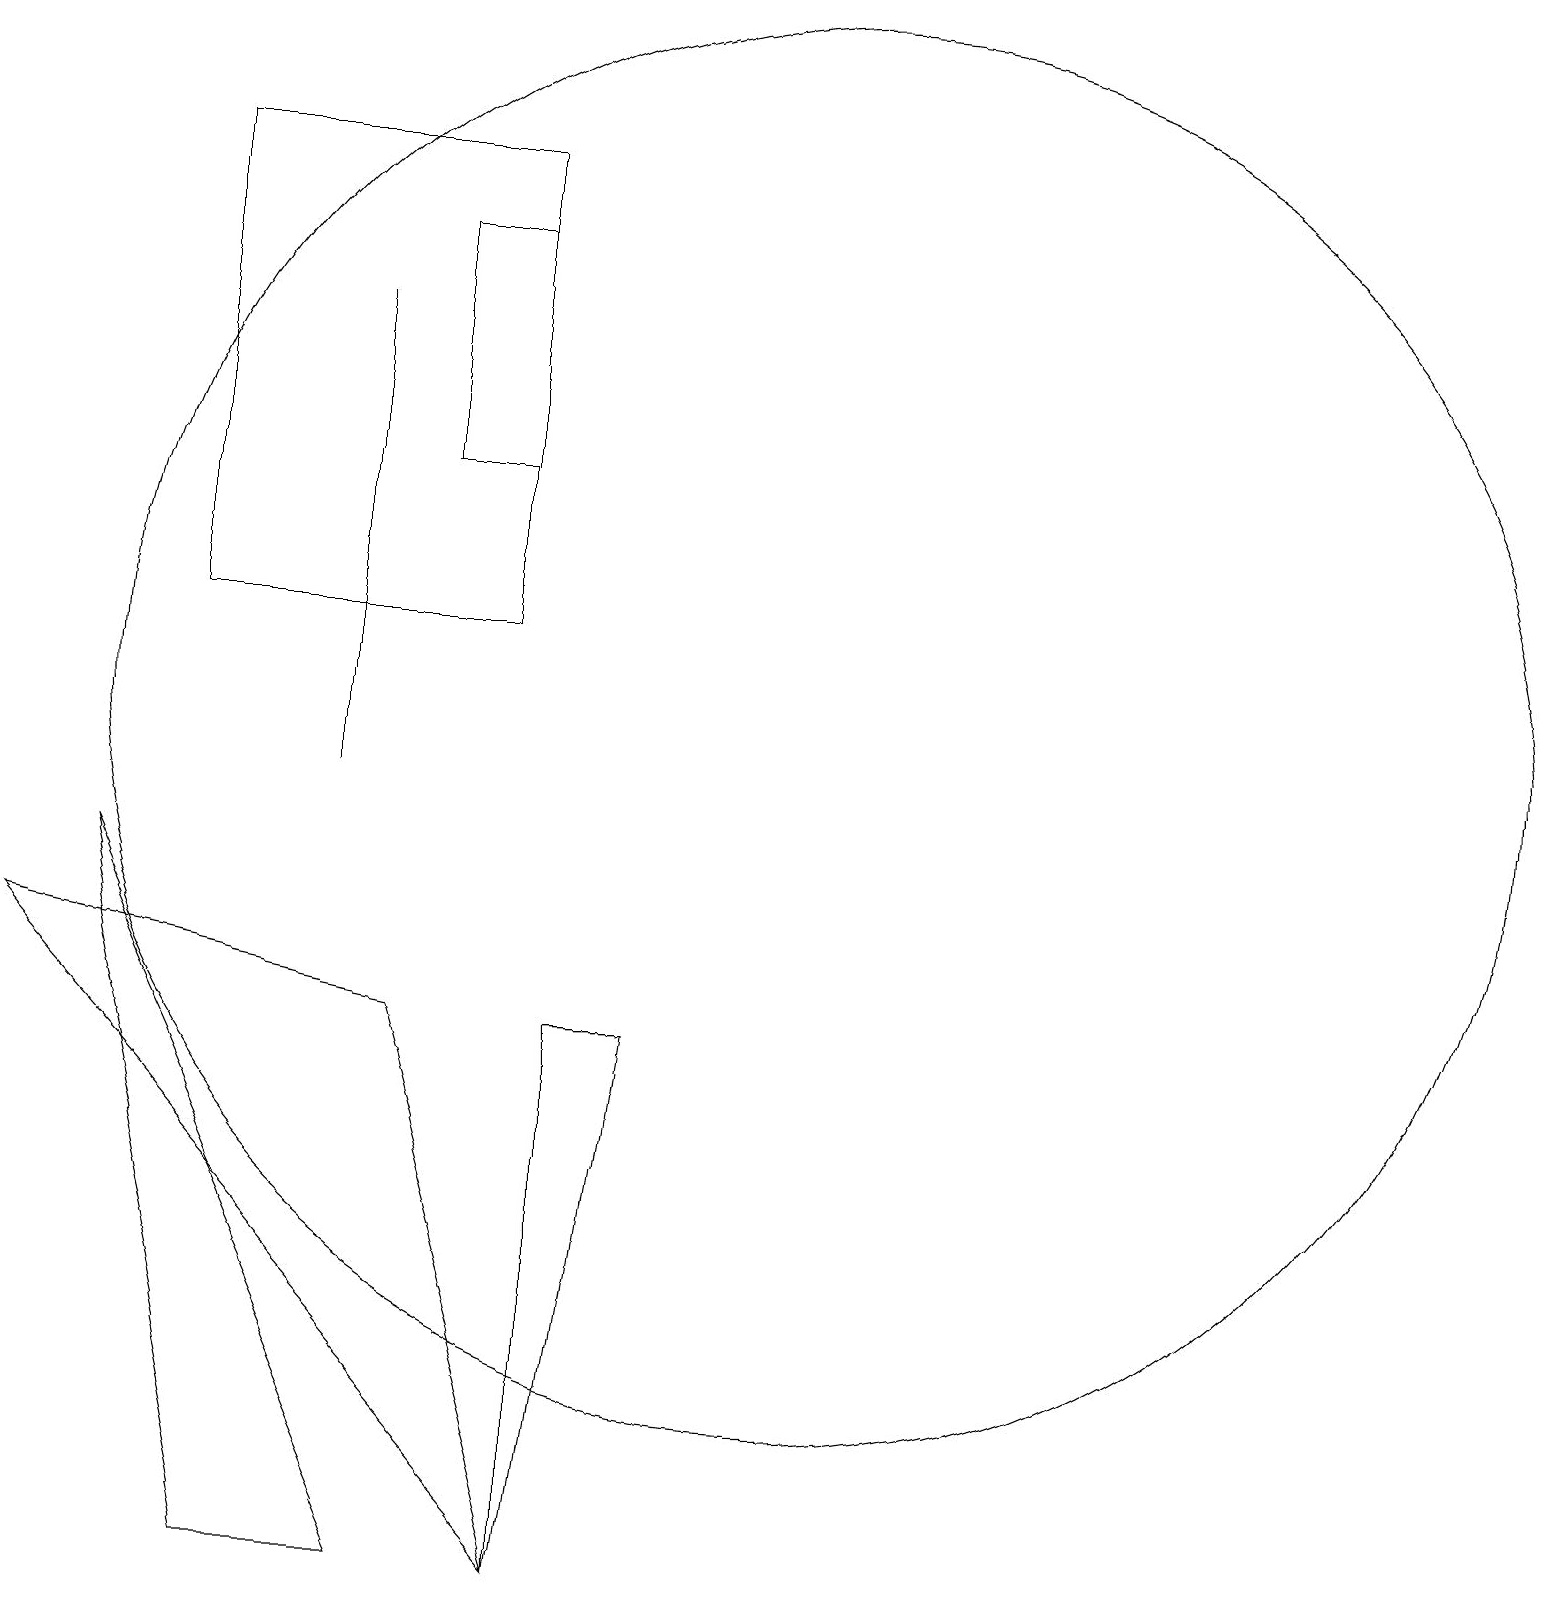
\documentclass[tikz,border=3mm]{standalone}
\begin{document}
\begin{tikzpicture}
\draw (6,0) -- (4,0) -- (2,9) -- cycle;
\draw (5,10) rectangle (5,16);
\draw (7,18) rectangle (3,12);
\draw (6,7) -- (1,8) -- (8,0) -- cycle;
\draw (6,14) rectangle (7,17);
\draw (11,11) circle (9);
\draw (8,0) -- (9,7) -- (8,7) -- cycle;
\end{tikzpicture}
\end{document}